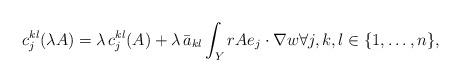
LaTeX: \begin{align*}c_j^{kl}(\lambda A) = \lambda\, c_j^{kl}(A)+ \lambda\,\bar{a}_{kl} \int_Y r A e_j\cdot \nabla w\forall j,k,l\in \{1,\dots,n\},\end{align*}